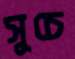
সুচে